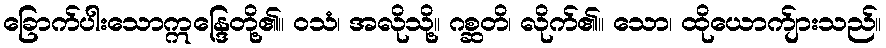
ခြောက်ပါးသောဣန္ဒြေတို့၏။ ဝသံ၊ အလိုသို့။ ဂစ္ဆတိ၊ လိုက်၏။ သော၊ ထိုယောက်ျားသည်။